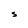
Character: S